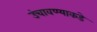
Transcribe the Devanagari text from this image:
उंचावण्याकडे